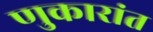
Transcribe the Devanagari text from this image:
णुकारांत